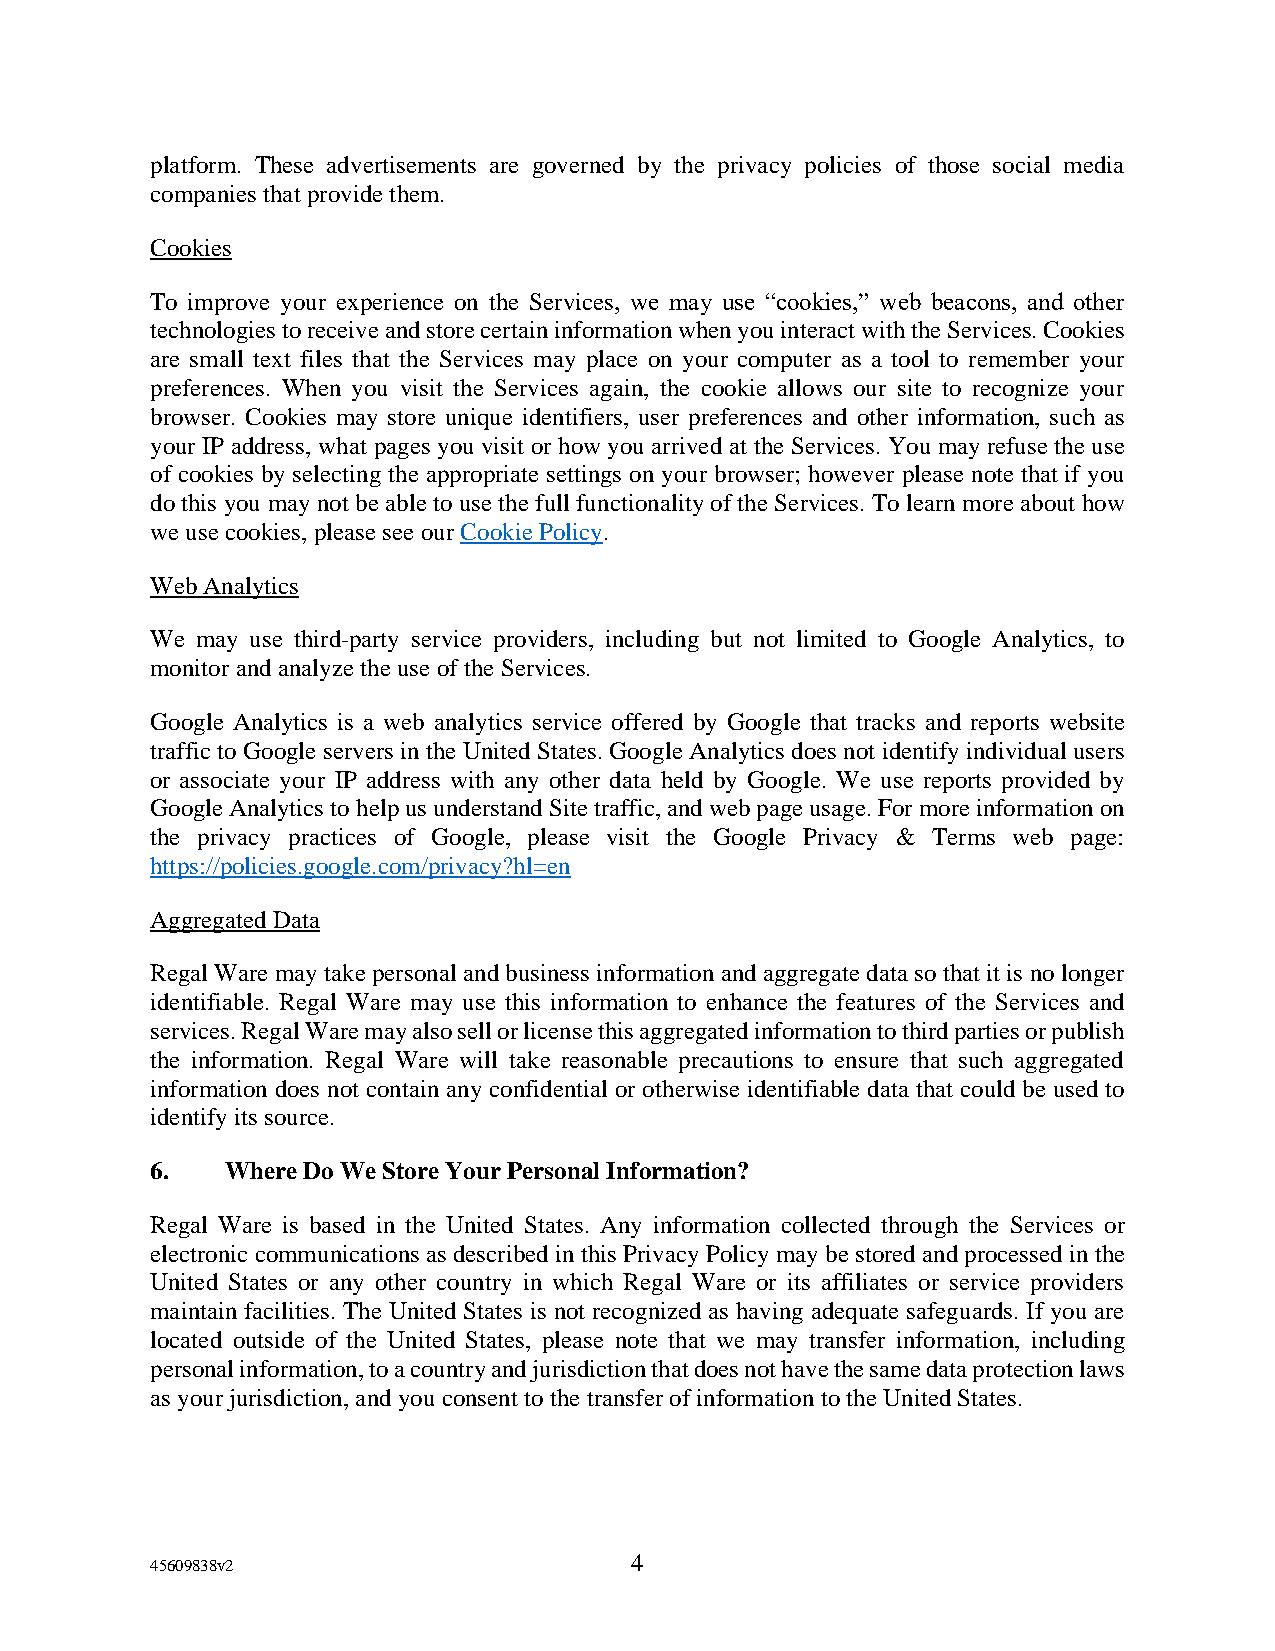
platform. These advertisements are governed by the privacy policies of those social media
 companies that provide them.
 Cookies
 To improve your experience on the Services, we may use “cookies,” web beacons, and other
 technologies to receive and store certain information when you interact with the Services. Cookies
 are small text files that the Services may place on your computer as a tool to remember your
 preferences. When you visit the Services again, the cookie allows our site to recognize your
 browser. Cookies may store unique identifiers, user preferences and other information, such as
 your IP address, what pages you visit or how you arrived at the Services. You may refuse the use
 of cookies by selecting the appropriate settings on your browser; however please note that if you
 do this you may not be able to use the full functionality of the Services. To learn more about how
 we use cookies, please see our Cookie Policy.
 Web Analytics
 We may use third-party service providers, including but not limited to Google Analytics, to
 monitor and analyze the use of the Services.
 Google Analytics is a web analytics service offered by Google that tracks and reports website
 traffic to Google servers in the United States. Google Analytics does not identify individual users
 or associate your IP address with any other data held by Google. We use reports provided by
 Google Analytics to help us understand Site traffic, and web page usage. For more information on
 the privacy practices of Google, please visit the Google Privacy & Terms web page:
 https://policies.google.com/privacy?hl=en
 Aggregated Data
 Regal Ware may take personal and business information and aggregate data so that it is no longer
 identifiable. Regal Ware may use this information to enhance the features of the Services and
 services. Regal Ware may also sell or license this aggregated information to third parties or publish
 the information. Regal Ware will take reasonable precautions to ensure that such aggregated
 information does not contain any confidential or otherwise identifiable data that could be used to
 identify its source.
 6.   Where Do We Store Your Personal Information?
 Regal Ware is based in the United States. Any information collected through the Services or
 electronic communications as described in this Privacy Policy may be stored and processed in the
 United States or any other country in which Regal Ware or its affiliates or service providers
 maintain facilities. The United States is not recognized as having adequate safeguards. If you are
 located outside of the United States, please note that we may transfer information, including
 personal information, to a country and jurisdiction that does not have the same data protection laws
 as your jurisdiction, and you consent to the transfer of information to the United States.
 4
 45609838v2